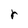
Character: r